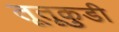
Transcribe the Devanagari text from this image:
तूतूकुडी